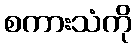
စကားသံကို